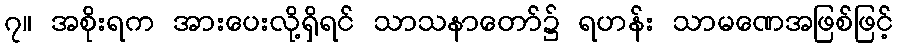
၇။ အစိုးရက အားပေးလို့ရှိရင် သာသနာတော်၌ ရဟန်း သာမဏေအဖြစ်ဖြင့်